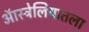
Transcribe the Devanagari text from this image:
ऑस्ट्रेलियातला